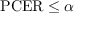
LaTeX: \mathrm { P C E R } \leq \alpha